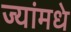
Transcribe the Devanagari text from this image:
ज्यांमधे